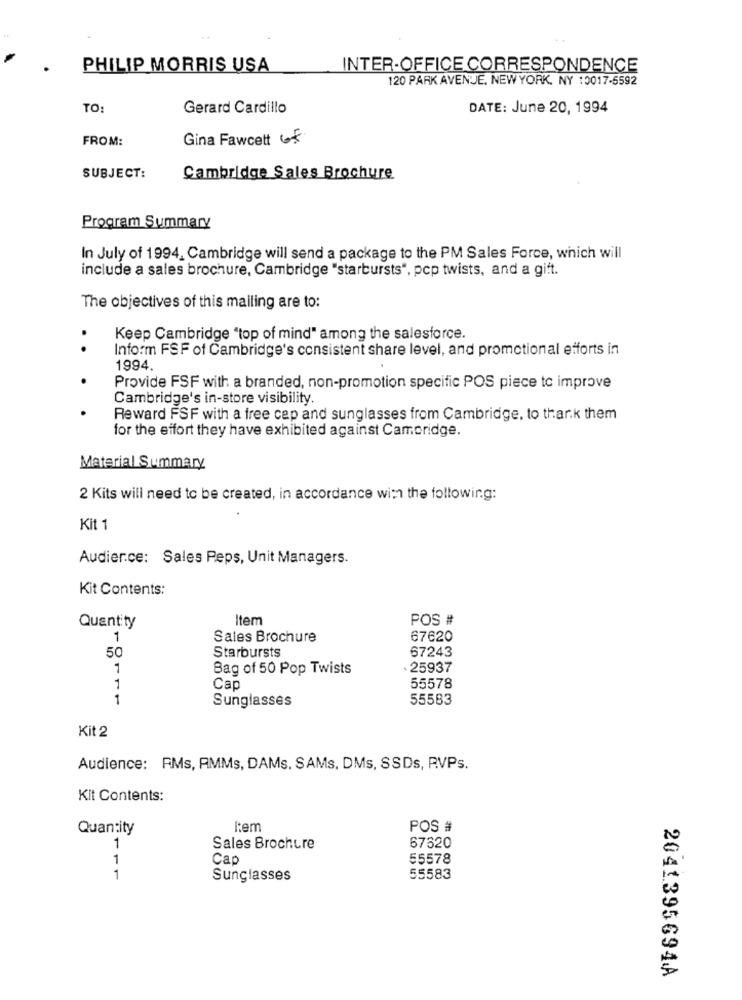
PHILIP MORRIS USA
INTER-OFFICE CORRESPONDENCE
120 PARK AVENUE, NEW YORK, NY :0017-5592
TO:
Gerard Cardillo
DATE: June 20, 1994
FROM:
Gina Fawcett 68
SUBJECT:
Cambridge Sales Brochure
Program Summary
In July of 1994, Cambridge will send a package to the PM Sales Force, which will
include a sales brochure, Cambridge "starbursts", pcp twists, and a gift.
The objectives of this mailing are to:
Keep Cambridge "top of mind" among the salesforce.
..
Inform FSF of Cambridge's consistent share level, and promotional efforts in
1994.
Provide FSF with a branded, non-promotion specific POS piece to improve
Cambridge's in-store visibility.
Reward FSF with a free cep and sunglasses from Cambridge, to thar.k them
for the effort they have exhibited against Cambridge.
Material Summary
2 Kits will need to be created, in accordance with the following:
Kit 1
Audier.ce: Sales Peps, Unit Managers.
Kit Contents:
Item
POS #
Quantity
1
Sales Brochure
67620
50
Starbursts
67243
1
Bag of 50 Pop Twists
. 25937
1
Cap
55578
1
Sunglasses
55583
Kit 2
Audience: Ms, AMMs, DAMs, SAMs, DMs, SSDs, R.VPs.
Kit Contents:
Quantity
l:em
POS #
1
Sales Brochure
67620
Cap
55578
1
Sunglasses
55583
2041.395694A